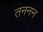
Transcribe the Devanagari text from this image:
तननन